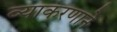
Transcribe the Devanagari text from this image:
व्याकरणाने